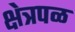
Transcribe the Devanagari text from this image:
क्षेत्रपळ